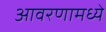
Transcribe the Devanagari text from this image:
आवरणामध्ये